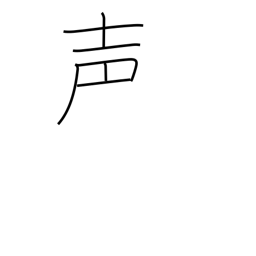
Meaning: voice